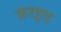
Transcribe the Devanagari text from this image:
क़ाइद